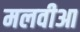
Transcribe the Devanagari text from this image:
मलवीआ